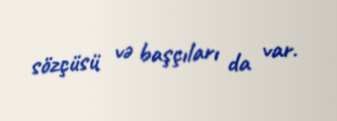
sözçüsü və başçıları da var.